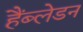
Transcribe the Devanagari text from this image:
हैंब्लेडन